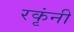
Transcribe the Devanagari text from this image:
रकृंनी